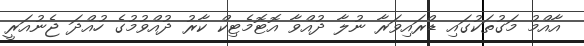
އާއްމު މަގުތަކުގައި ޑްރައިވަރާ ނުލާ ދުއްވާ އޮޓޮމެޓިކް ކާރު ދުއްވުމުގެ ހުއްދަ ޖެނުއަރީ